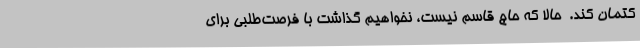
کتمان کند.  حالا که حاج قاسم نیست، نخواهیم گذاشت با فرصت‌طلبی برای